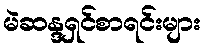
မဲဆန္ဒရှင်စာရင်းများ